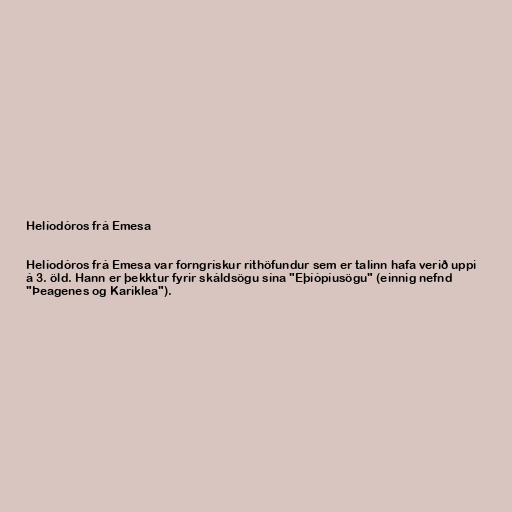
Helíodóros frá Emesa

Helíodóros frá Emesa var forngrískur rithöfundur sem er talinn hafa verið uppi
á 3. öld. Hann er þekktur fyrir skáldsögu sína "Eþíópíusögu" (einnig nefnd
"Þeagenes og Kariklea").